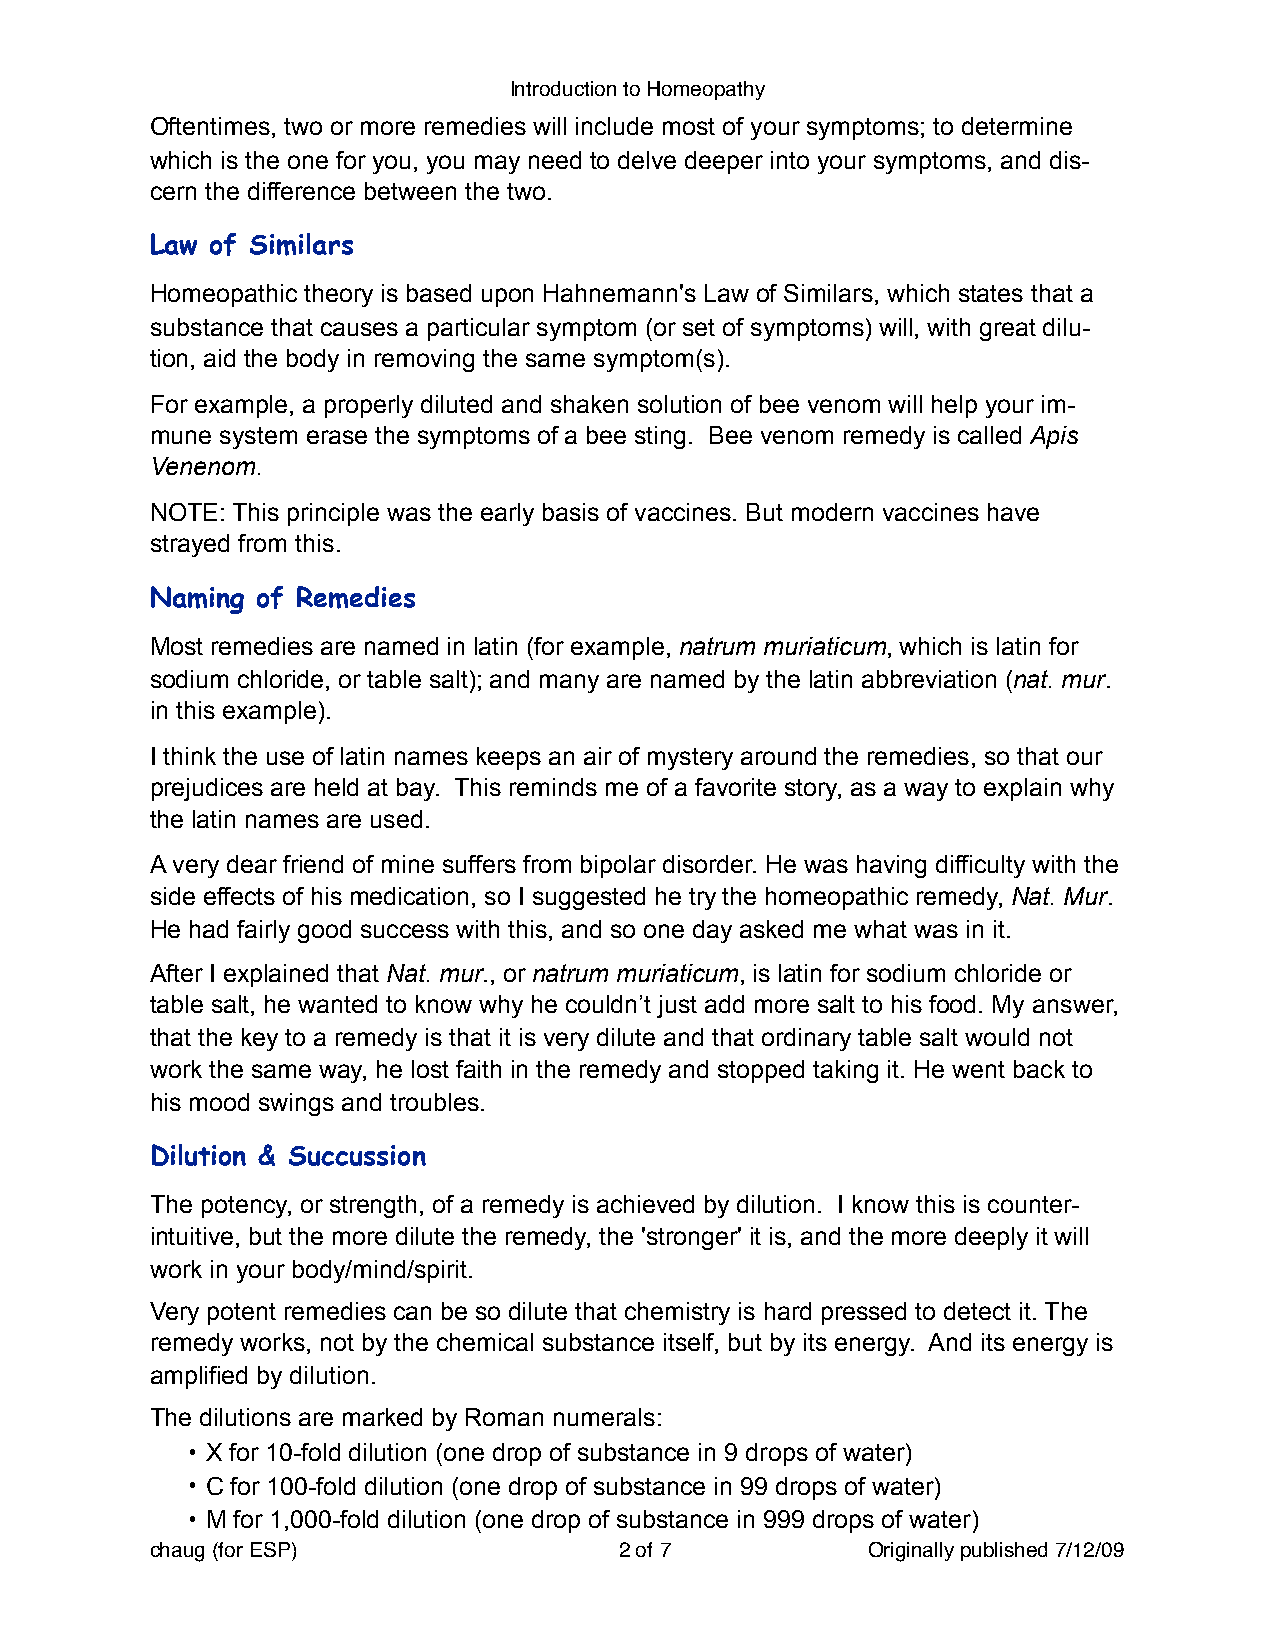
Introduction to Homeopathy
 Oftentimes, two or more remedies will include most of your symptoms; to determine
 which is the one for you, you may need to delve deeper into your symptoms, and dis-
 cern the difference between the two.
 Law of Similars
 Homeopathic theory is based upon Hahnemann's Law of Similars, which states that a
 substance that causes a particular symptom (or set of symptoms) will, with great dilu-
 tion, aid the body in removing the same symptom(s).
 For example, a properly diluted and shaken solution of bee venom will help your im-
 mune system erase the symptoms of a bee sting. Bee venom remedy is called Apis
 Venenom.
 NOTE: This principle was the early basis of vaccines. But modern vaccines have
 strayed from this.
 Naming of Remedies
 Most remedies are named in latin (for example, natrum muriaticum, which is latin for
 sodium chloride, or table salt); and many are named by the latin abbreviation (nat. mur.
 in this example).
 I think the use of latin names keeps an air of mystery around the remedies, so that our
 prejudices are held at bay. This reminds me of a favorite story, as a way to explain why
 the latin names are used.
 A very dear friend of mine suffers from bipolar disorder. He was having difficulty with the
 side effects of his medication, so I suggested he try the homeopathic remedy, Nat. Mur.
 He had fairly good success with this, and so one day asked me what was in it.
 After I explained that Nat. mur., or natrum muriaticum, is latin for sodium chloride or
 table salt, he wanted to know why he couldn’t just add more salt to his food. My answer,
 that the key to a remedy is that it is very dilute and that ordinary table salt would not
 work the same way, he lost faith in the remedy and stopped taking it. He went back to
 his mood swings and troubles.
 Dilution & Succussion
 The potency, or strength, of a remedy is achieved by dilution. I know this is counter-
 intuitive, but the more dilute the remedy, the 'stronger' it is, and the more deeply it will
 work in your body/mind/spirit.
 Very potent remedies can be so dilute that chemistry is hard pressed to detect it. The
 remedy works, not by the chemical substance itself, but by its energy. And its energy is
 amplified by dilution.
 The dilutions are marked by Roman numerals:
 • X for 10-fold dilution (one drop of substance in 9 drops of water)
 • C for 100-fold dilution (one drop of substance in 99 drops of water)
 • M for 1,000-fold dilution (one drop of substance in 999 drops of water)
 chaug (for ESP)!               2 of 7!         Originally published 7/12/09